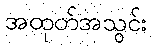
အထုတ်အသွင်း